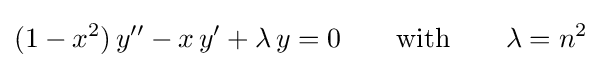
(1-x^{2})\,y''-x\,y'+\lambda \,y=0\qquad {\text{with}}\qquad \lambda =n^{2}